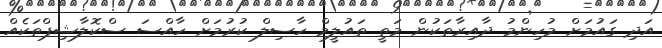
އަދި ގައުމަށް މުހިންމު ދާއިރާތަކުން މަތީ ތައުލީމް ހާސިލް ކުރުމަށް ހާއްސަ ސްކޮލާޝިޕްތަކެއް